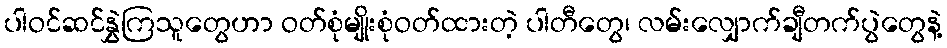
ပါဝင်ဆင်နွှဲကြသူတွေဟာ ဝတ်စုံမျိုးစုံဝတ်ထားတဲ့ ပါတီတွေ၊ လမ်းလျှောက်ချီတက်ပွဲတွေနဲ့